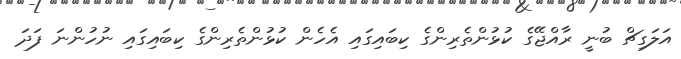
އަލަގިޗް ބުނީ ރާއްޖޭގެ ކުޅުންތެރިންގެ ކިބައިގައި އެހެން ކުޅުންތެރިންގެ ކިބައިގައި ނުހުންނަ ފަދަ